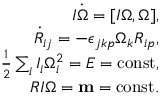
\begin{array} { r } { I \dot { \boldsymbol \Omega } = [ I { \boldsymbol \Omega } , { \boldsymbol \Omega } ] , } \\ { \dot { R } _ { i j } = - \epsilon _ { j k p } \Omega _ { k } R _ { i p } , } \\ { \frac 1 2 \sum _ { i } I _ { i } \Omega _ { i } ^ { 2 } = E = \mathrm { c o n s t } , } \\ { R I { \boldsymbol \Omega } = { \bf m } = \mathrm { c o n s t } . } \end{array}